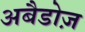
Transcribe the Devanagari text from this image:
अबैडोज़